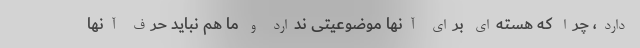
دارد، چرا که هسته‌ای برای آنها موضوعیتی ندارد و ما هم نباید حرف آنها